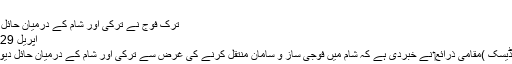
اردوگان …
ترک فوج نے ترکی اور شام کے درمیان حائل دیوار کو گرا دیا
اپریل 29, 2017	563
انقرہ (مانیٹرنگ ڈیسک )مقامی ذرائع‏ نے خبردی ہے کہ شام میں فوجی ساز و سامان منتقل کرنے کی غرض سے ترکی اور شام کے درمیان حائل دیوار کوگرا دیا گیا۔